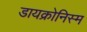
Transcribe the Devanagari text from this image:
डायक्रोनिस्म